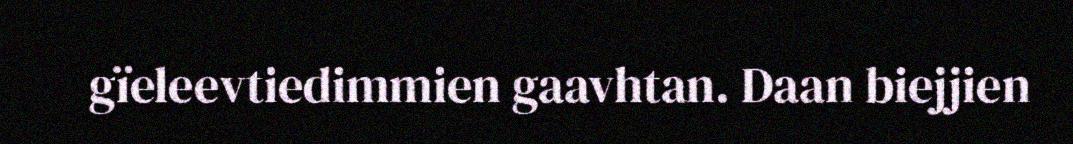
gïeleevtiedimmien gaavhtan. Daan biejjien